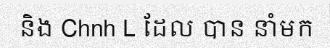
និង Chnh L ដែល បាន នាំមក